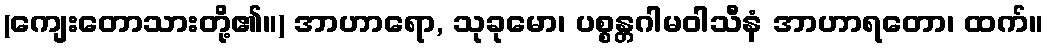
(ကျေးတောသားတို့၏။) အာဟာရော, သုခုမော၊ ပစ္စန္တဂါမဝါသီနံ အာဟာရတော၊ ထက်။